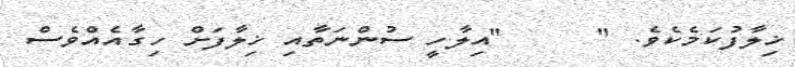
ޚިލާފުކަމެކެވެ. "     "އިލާހީ ސުންނަތާއި ޚިލާފަށް ހިގާއެއްވެސް